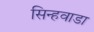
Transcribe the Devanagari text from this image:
सिन्हवाडा